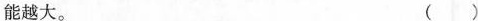
能越大。 （ ）